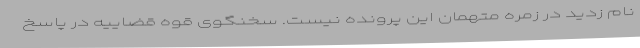
نام زدید در زمره متهمان این پرونده نیست. سخنگوی قوه قضاییه در پاسخ